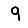
Digit: 9